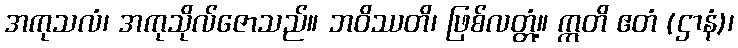
အကုသလံ၊ အကုသိုလ်ဇောသည်။ ဘဝိဿတိ၊ ဖြစ်လတ္တံ့။ ဣတိ ဧတံ (ဌာနံ)၊